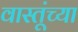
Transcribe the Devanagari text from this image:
वास्तूंच्या